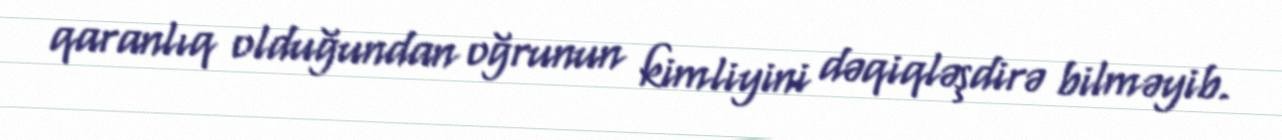
qaranlıq olduğundan oğrunun kimliyini dəqiqləşdirə bilməyib.